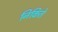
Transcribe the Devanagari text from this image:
निकिते